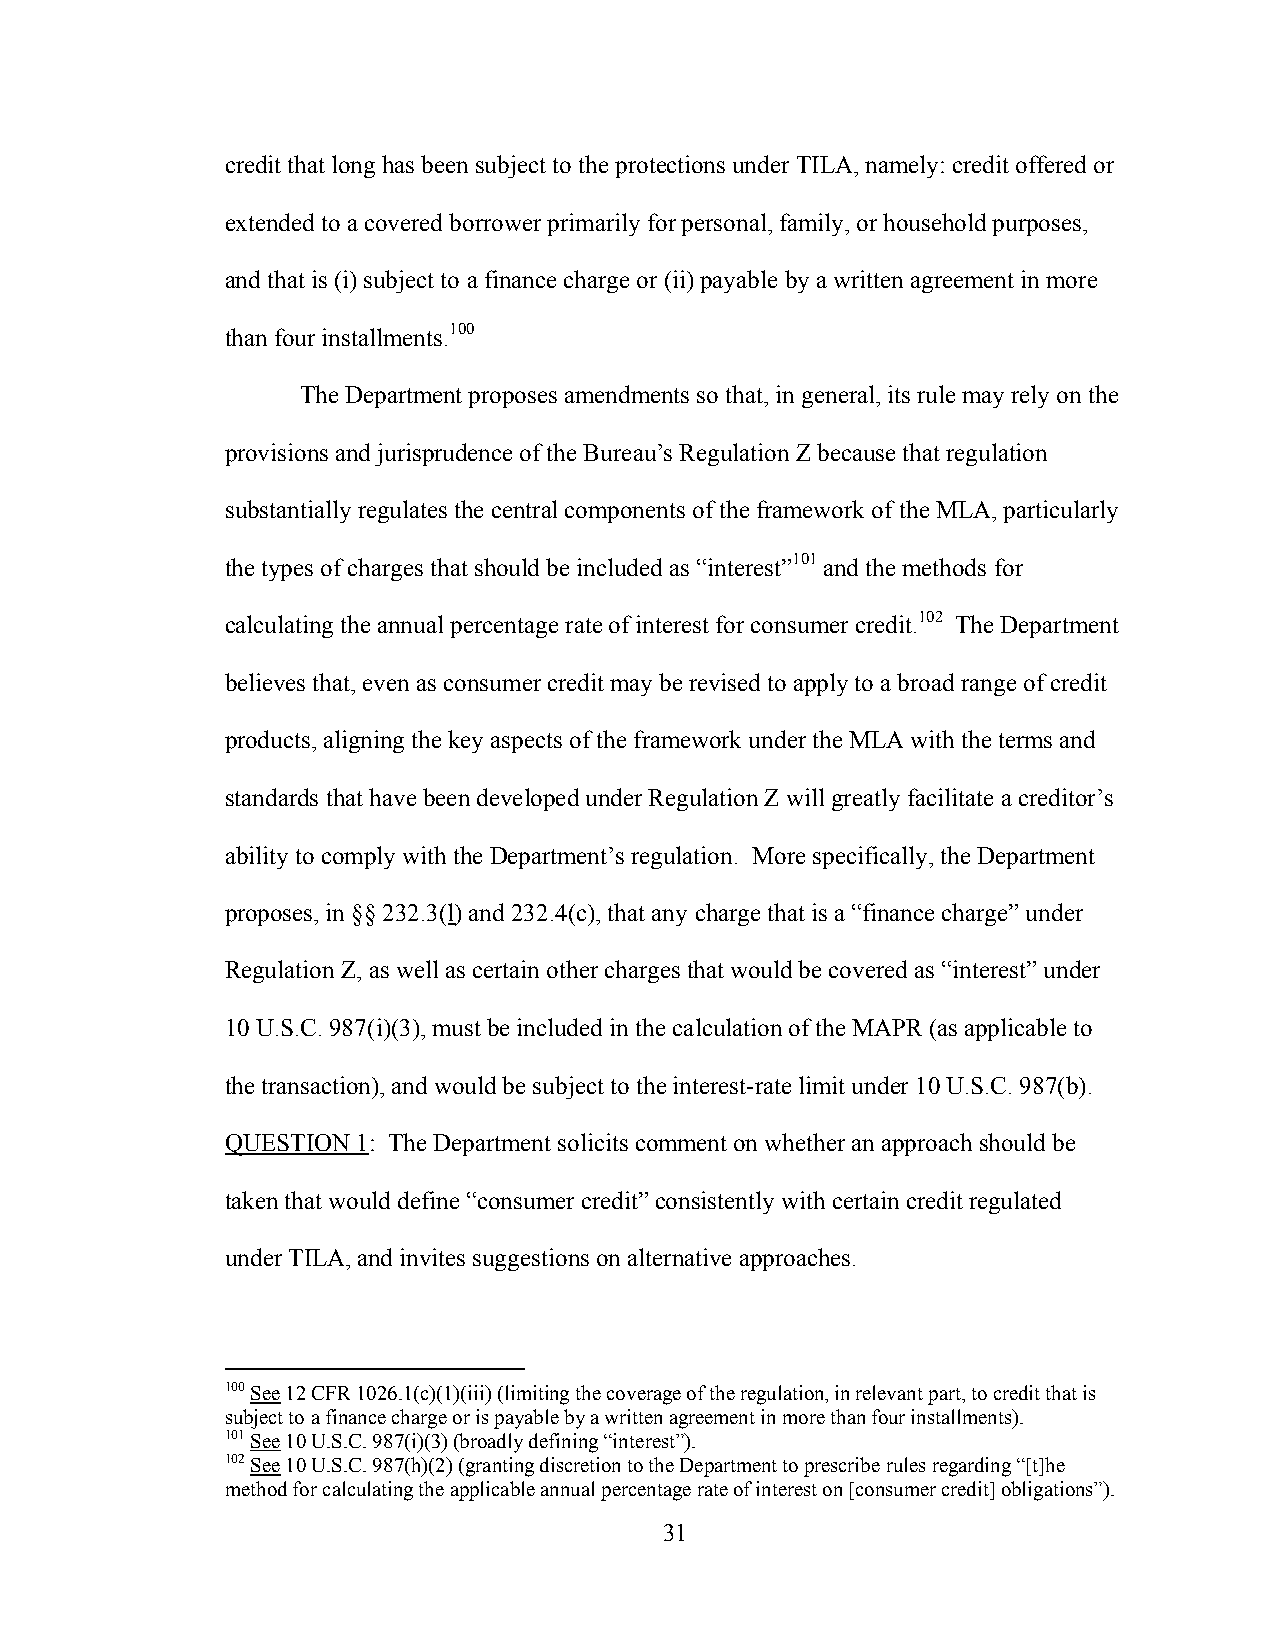
credit that long has been subject to the protections under TILA, namely: credit offered or
 extended to a covered borrower primarily for personal, family, or household purposes,
 and that is (i) subject to a finance charge or (ii) payable by a written agreement in more
 than four installments.100
 The Department proposes amendments so that, in general, its rule may rely on the
 provisions and jurisprudence of the Bureau’s Regulation Z because that regulation
 substantially regulates the central components of the framework of the MLA, particularly
 the types of charges that should be included as “interest”101 and the methods for
 calculating the annual percentage rate of interest for consumer credit.102 The Department
 believes that, even as consumer credit may be revised to apply to a broad range of credit
 products, aligning the key aspects of the framework under the MLA with the terms and
 standards that have been developed under Regulation Z will greatly facilitate a creditor’s
 ability to comply with the Department’s regulation. More specifically, the Department
 proposes, in §§ 232.3(l) and 232.4(c), that any charge that is a “finance charge” under
 Regulation Z, as well as certain other charges that would be covered as “interest” under
 10 U.S.C. 987(i)(3), must be included in the calculation of the MAPR (as applicable to
 the transaction), and would be subject to the interest-rate limit under 10 U.S.C. 987(b).
 QUESTION 1: The Department solicits comment on whether an approach should be
 taken that would define “consumer credit” consistently with certain credit regulated
 under TILA, and invites suggestions on alternative approaches.
 100 See 12 CFR 1026.1(c)(1)(iii) (limiting the coverage of the regulation, in relevant part, to credit that is
 subject to a finance charge or is payable by a written agreement in more than four installments).
 101 See 10 U.S.C. 987(i)(3) (broadly defining “interest”).
 102 See 10 U.S.C. 987(h)(2) (granting discretion to the Department to prescribe rules regarding “[t]he
 method for calculating the applicable annual percentage rate of interest on [consumer credit] obligations”).
 31